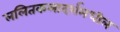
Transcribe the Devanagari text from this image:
ललितकलादर्शमधील